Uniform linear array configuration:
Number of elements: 12
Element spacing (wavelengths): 0.25
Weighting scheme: binomial
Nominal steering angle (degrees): -30
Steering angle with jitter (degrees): -31.223
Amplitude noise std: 0.05
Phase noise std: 0.05

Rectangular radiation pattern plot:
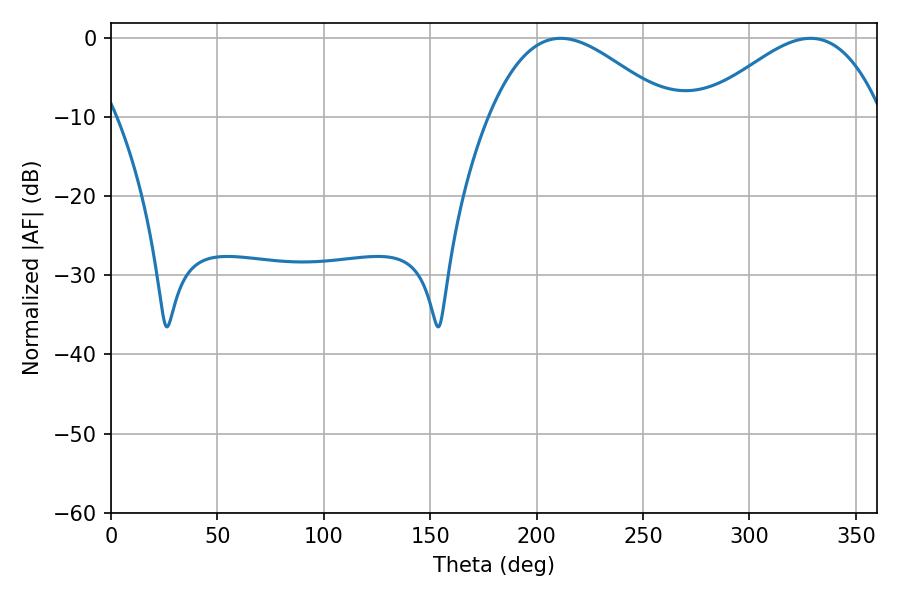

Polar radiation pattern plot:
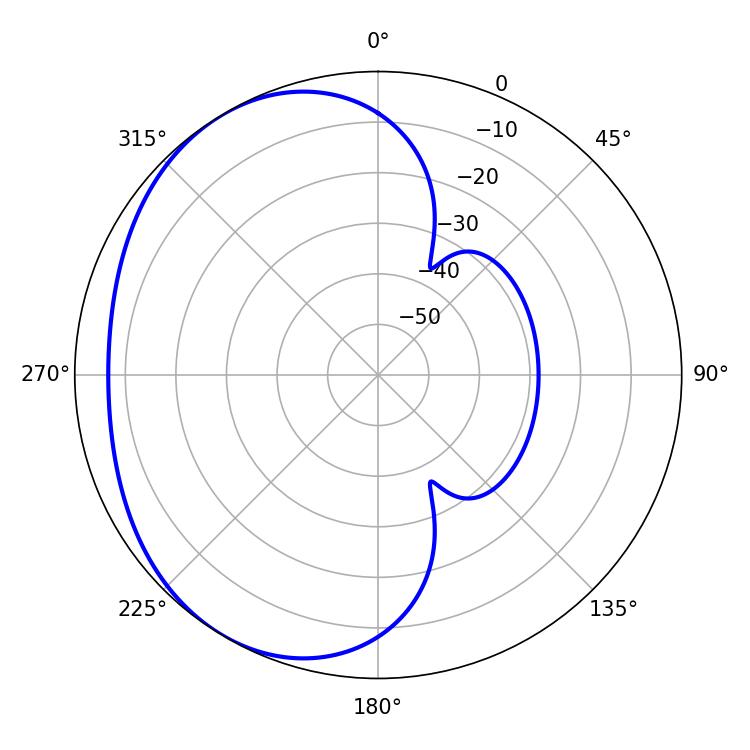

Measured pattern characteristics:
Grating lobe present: FALSE
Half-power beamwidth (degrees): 45.72
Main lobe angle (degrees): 211.32